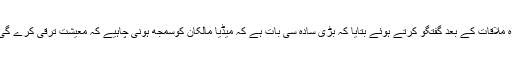
سینئر تجزیہ کار محمود صادق نے وزیراعظم عمران خان سے صحافیوں اور میڈیا مالکان کے ہمراہ ملاقات کے بعد گفتگو کرتے ہوئے بتایا کہ بڑی سادہ سی بات ہے کہ میڈیا مالکان کوسمجھ ہونی چاہیے کہ معیشت ترقی کرے گی تومیڈیا خود بخود آگے بڑھے گا اگر معیشت کو دبا دیا جائے گا تو میڈیا خود بخود ختم ہوجائے گا۔